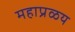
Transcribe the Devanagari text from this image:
महाप्रळय